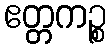
ဧတ္တကဉ္စ